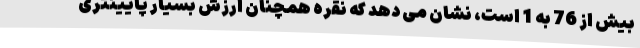
بیش از 76 به 1 است، نشان می دهد که نقره همچنان ارزش بسیار پایینتری